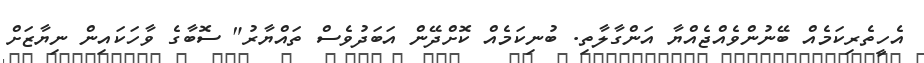
އެހީތެރިކަމެއް ބޭނުންވެއްޖެއްޔާ އަންގާލާތި. ބުނިކަމެއް ކޮށްދޭން އަބަދުވެސް ތައްޔާރު" ސޮބާގެ ވާހަކައިން ނިޔާޒަށް